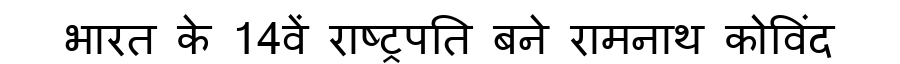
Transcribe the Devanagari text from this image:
भारत के 14वें राष्ट्रपति बने रामनाथ कोविंद